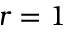
r = 1